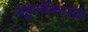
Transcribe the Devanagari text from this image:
बहुलीकारक